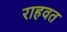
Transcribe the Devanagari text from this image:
राहवत